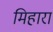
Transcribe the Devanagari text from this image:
मिहारा